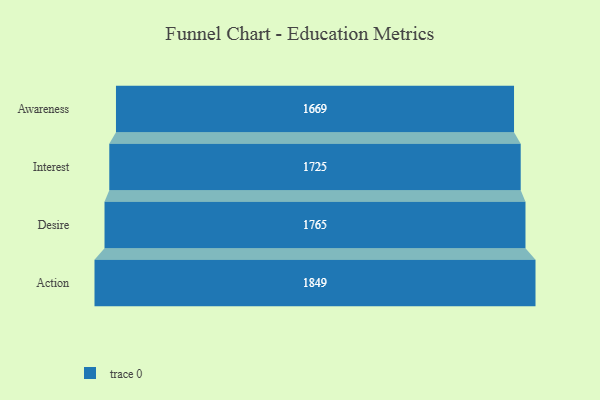
{"axis": {"x": "Stage", "y": "Value"}, "legend": [""], "data": [{"x": "Awareness", "y": 1669.0, "type": ""}, {"x": "Interest", "y": 1725.0, "type": ""}, {"x": "Desire", "y": 1765.0, "type": ""}, {"x": "Action", "y": 1849.0, "type": ""}]}